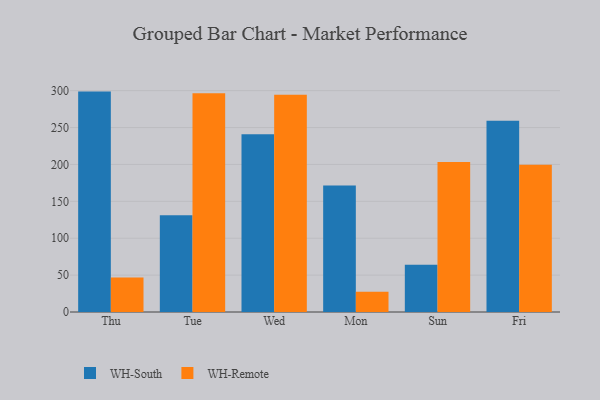
{"axis": {"x": "Day", "y": "Energy Usage (MWh)"}, "legend": ["WH-Remote", "WH-South"], "data": [{"x": "Thu", "y": 298.7, "type": "WH-South"}, {"x": "Thu", "y": 46.8, "type": "WH-Remote"}, {"x": "Tue", "y": 131.2, "type": "WH-South"}, {"x": "Tue", "y": 296.5, "type": "WH-Remote"}, {"x": "Wed", "y": 241.0, "type": "WH-South"}, {"x": "Wed", "y": 294.3, "type": "WH-Remote"}, {"x": "Mon", "y": 171.4, "type": "WH-South"}, {"x": "Mon", "y": 27.6, "type": "WH-Remote"}, {"x": "Sun", "y": 64.1, "type": "WH-South"}, {"x": "Sun", "y": 203.2, "type": "WH-Remote"}, {"x": "Fri", "y": 259.1, "type": "WH-South"}, {"x": "Fri", "y": 199.4, "type": "WH-Remote"}]}